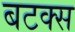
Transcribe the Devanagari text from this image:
बटक्स